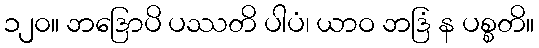
၁၂၀။ ဘဒြောပိ ပဿတိ ပါပံ၊ ယာဝ ဘဒြံ န ပစ္စတိ။